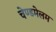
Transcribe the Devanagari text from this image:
चेण्डमेलम